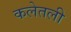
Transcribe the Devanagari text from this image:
कलेतली